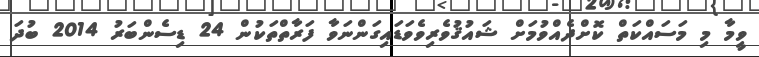
ވީމާ މި މަސައްކަތް ކޮށްދެއްވުމަށް ޝައުޤުވެރިވެވަޑައިގަންނަވާ ފަރާތްތަކުން 24 ޑިސެންބަރު 2014 ބުދަ